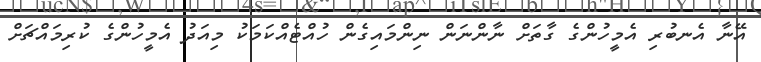
އޭނާ އެނބުރި އެމީހުންގެ ގާތަށް ނާންނަން ނިންމައިގެން ހުއްޓެއްކަމަކު މިއަދު އެމީހުންގެ ކުރިމައްޗަށް